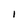
Character: l